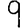
Digit: 9